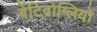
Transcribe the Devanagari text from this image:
बेंटिवोग्लियो